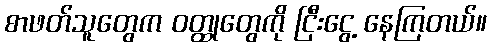
စာဖတ်သူတွေက ဝတ္ထုတွေကို ငြီးငွေ့ နေကြတယ်။